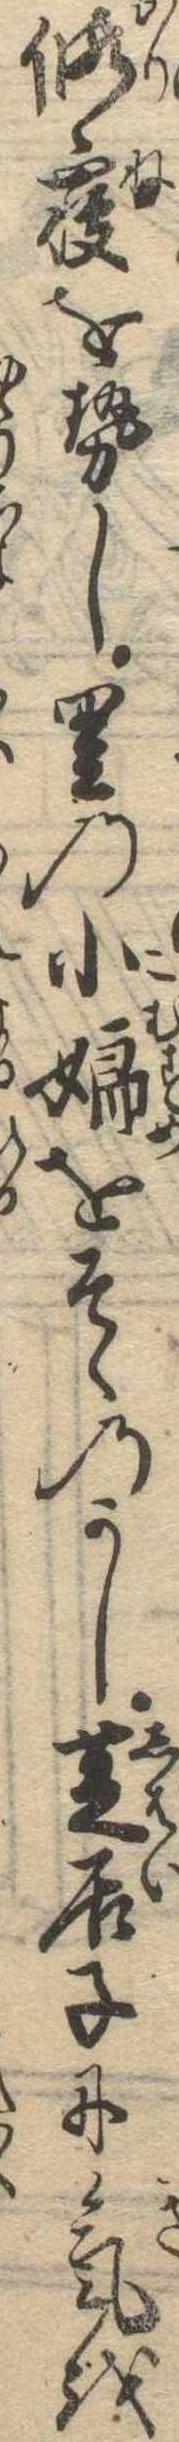
仮寝をせし里の小娘をそゝのかし芝居子に気を